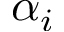
\alpha _ { i }